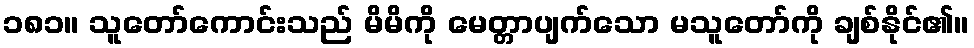
၁၈၁။ သူတော်ကောင်းသည် မိမိကို မေတ္တာပျက်သော မသူတော်ကို ချစ်နိုင်၏။